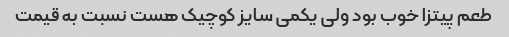
طعم پیتزا خوب بود ولی یکمی سایز کوچیک هست نسبت به قیمت